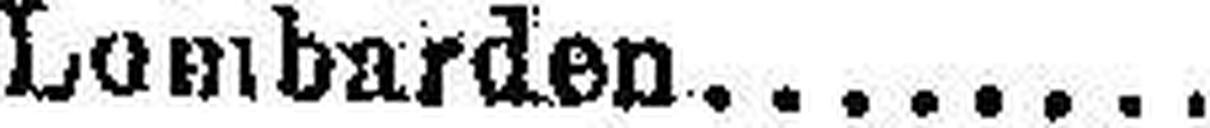
Lombarden